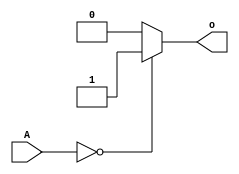
module or_bit_32(input [31:0] A,
					  output o
    );
always @ (*)
	if (A == 0)
		o <= 1;
	else 
		o <= 0;

endmodule